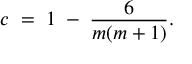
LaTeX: c \; = \; 1 \; - \; \frac { 6 } { m ( m + 1 ) } .